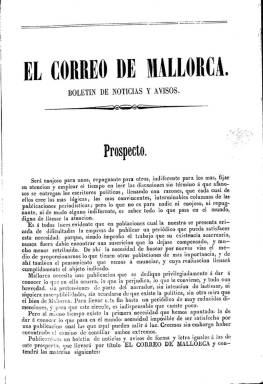
Título: El Correo de Mallorca (Palma de Mallorca. 1858)
Colección: Periódicos
Ámbito geográfico: Baleares
Lugar de publicación: Palma [de Mallorca]
Fechas: 02/12/1858-28/02/1864

Es un diario que comienza a publicarse –excepto los domingos– el dos de diciembre de 1858 con la intención de ser “indiferente” a las “discusiones sin término” de los “escritores políticos” y por el contrario ofrecer “todo lo que pasa en el mundo” (en España y el extranjero), es decir, escueta información, de ahí que aparezca con el subtítulo “boletín de noticias y avisos”, especialmente locales, y ello a través de un formato de “muy reducidas dimensiones” –en 4º–, ya abandonado por la prensa noticiosa de la época, para convertirse en “el periódico más barato de las Baleares”. Si la suscripción mensual de los periódicos de las islas era de diez reales vellón, este diario lo será a tres, y, además, distribuido conjuntamente con el diario barcelonés El Telégrafo, a siete reales.

El Correo de Mallorca saldrá en entregas de cuatro páginas, compuestas a una sola columna, de las prensas de la Imprenta de la Viuda de Villalonga, apareciendo indicado como editor responsable Juan García de Paredes, que más tarde será reemplazado por Juan Villalonga. Clasificado por Bover (1862) como liberal “templado”, podría resultar paradójico que el citado El Telégrafo no pueda ser otro, que el aparecido en Barcelona el primero de noviembre, fundado por Fernando Patxot Ferrer (1812-1859), en cuyo prospecto había señalado que “su partido es la España; sus amores, Dios, la humanidad, la patria; sus objetos de veneración, las leyes”, principios que hace explícitamente suyos El Correo de Mallorca.

Los contenidos de este diario mallorquín se estructurarían en Sección local (con noticias de Palma, Mallorca, Menorca e Ibiza, con indicaciones útiles para la provincia y todas sus poblaciones); Sección oficial (extractos de las disposiciones del Boletín oficial de la provincia y órdenes y anuncios de las autoridades locales); Sección comercial (precios de los productos de consumo y movimiento portuario); Sección religiosa (santoral y culto), Variedades y Anuncios (en la que incluiría programación teatral, avisos particulares y publicidad comercial).

El primero de abril de 1859, introduce “mejoras” en su elaboración, aumentando su formato a folio regular y siendo compuestas sus cuatro páginas a dos columnas. A partir del primero de noviembre de ese mismo año, el tamaño aumenta de nuevo a folio mayor y sus páginas serán compuestas ahora a tres columnas, modificando el subtítulo a “diario de noticias y avisos”, al tiempo que suma nuevos colaboradores, que describe como “jóvenes distinguidos, cuyos trabajos literarios darán amenidad” al periódico.

Así mismo, al dejar de ser distribuido conjuntamente con el diario barcelonés El Telégrafo, reestructura sus contenidos y los amplía, estableciendo secciones de Noticias de España, de Provincias y del Extranjero, además de una de alcance o Correo de ayer y de Partes telegráficos, y otra Sección doctrinal o editorial, aunque declara su “imparcialidad” e “independencia” de los partidos políticos. Pretende emular tanto al citado El Telégrafo como al Diario de Barcelona. También publica folletines en el faldón de su primera plana, y su suscripción mensual la reduce a seis reales.

El diez de octubre de 1862 experimenta nuevas modificaciones. A partir de ahora lleva el subtítulo “diario de intereses materiales, noticias y avisos de las Islas Baleares”. Se publica todos los días por la mañana, sin excepción, aunque los sábados y los lunes ofrecerá “medio número”, y los domingos y los jueves insertará una novela. Sigue siendo el diario más barato de las islas y “ajeno a la política”. El editor responsable es ya Juan Villalonga y su cuarta plana la ocupa completa la sección de Avisos. Tendrá también una sección de Revista de periódicos.

En sus últimas entregas adopta un nuevo diseño, para ser compuesto otra vez a dos columnas, con el subtítulo “diario de intereses materiales de las Baleares”. Su último número en la colección de la Biblioteca Nacional de España corresponde al domingo 28 de febrero de 1864, en su sexto año de edición.